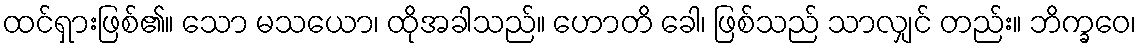
ထင်ရှားဖြစ်၏။ သော မသယော၊ ထိုအခါသည်။ ဟောတိ ခေါ၊ ဖြစ်သည် သာလျှင် တည်း။ ဘိက္ခဝေ၊